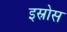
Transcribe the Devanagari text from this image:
इस्रोस